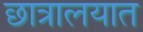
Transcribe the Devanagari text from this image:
छात्रालयात